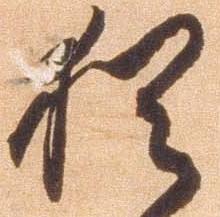
猶